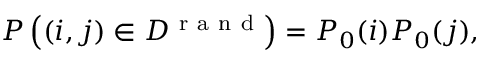
\begin{array} { r } { P \left( ( i , j ) \in { \cal D } ^ { \mathrm { ~ r ~ a ~ n ~ d ~ } } \right) = P _ { 0 } ( i ) P _ { 0 } ( j ) , } \end{array}